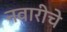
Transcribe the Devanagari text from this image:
नवारीचे